Indian journal of veterinary science and animal husbandry - Volume 2,
Year: 1932
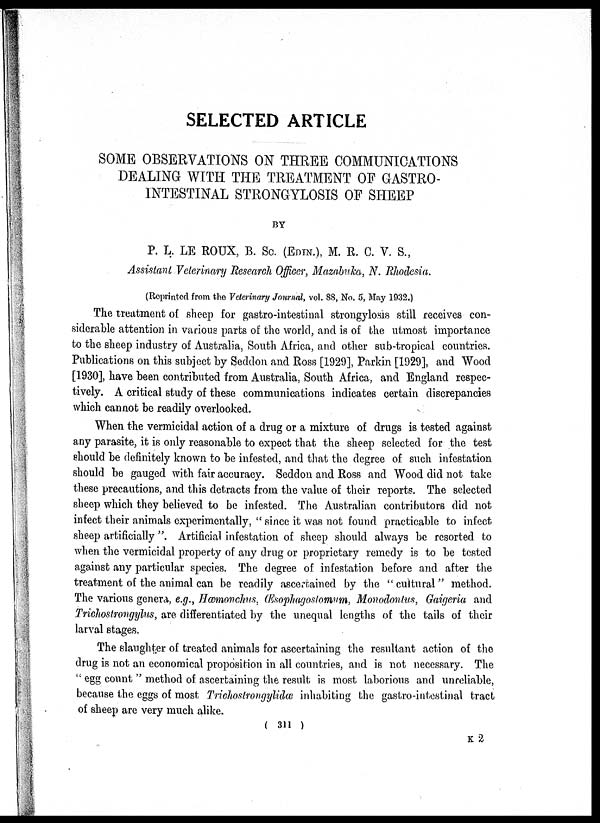
SELECTED ARTICLE
SOME OBSERVATIONS ON THREE COMMUNICATIONS
DEALING WITH THE TREATMENT OF GASTRO-
INTESTINAL STRONGYLOSIS OF SHEEP
BY
P. L. LE ROUX, B. Sc. (EDIN.), M. R. C. V. S.,
Assistant Veterinary Research Officer, Mazabuka, N. Rhodesia.
(Reprinted from the Veterinary Journal, vol. 88, No. 5, May 1932.)
The treatment of sheep for gastro-intestinal strongylosis still receives con-
siderable attention in various parts of the world, and is of the utmost importance
to the sheep industry of Australia, South Africa, and other sub-tropical countries.
Publications on this subject by Seddon and Ross [1929], Parkin [1929], and Wood
[1930], have been contributed from Australia, South Africa, and England respec-
tively. A critical study of these communications indicates certain discrepancies
which cannot be readily overlooked.
When the vermicidal action of a drug or a mixture of drugs is tested against
any parasite, it is only reasonable to expect that the sheep selected for the test
should be definitely known to be infested, and that the degree of such infestation
should be gauged with fair accuracy. Seddon and Ross and Wood did not take
these precautions, and this detracts from the value of their reports. The selected
sheep which they believed to be infested. The Australian contributors did not
infect their animals experimentally, " since it was not found practicable to infect
sheep artificially ". Artificial infestation of sheep should always be resorted to
when the vermicidal property of any drug or proprietary remedy is to be tested
against any particular species. The degree of infestation before and after the
treatment of the animal can be readily ascertained by the "cultural" method.
The various genera, e.g., Hæmonchus, Œsophagoslomum, Monodontus, Gaigeria and
Trichostrongylus, are differentiated by the unequal lengths of the tails of their
larval stages.
The slaughter of treated animals for ascertaining the resultant action of the
drug is not an economical proposition in all countries, and is not necessary. The
" egg count " method of ascertaining the result is most laborious and unreliable,
because the eggs of most Trichostrongylidæ inhabiting the gastro-intestinal tract
of sheep are very much alike.
( 311 )
K 2